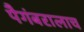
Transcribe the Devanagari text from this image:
पैगंबरालाच